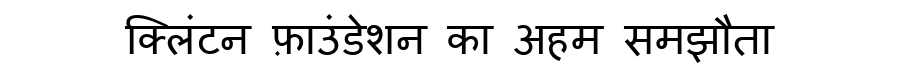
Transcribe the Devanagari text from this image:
क्लिंटन फ़ाउंडेशन का अहम समझौता